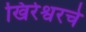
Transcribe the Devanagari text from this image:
खिरेश्वरचे